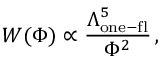
{ \cal W } ( \Phi ) \propto \frac { \Lambda _ { \mathrm { o n e - f l } } ^ { 5 } } { \Phi ^ { 2 } } \, ,